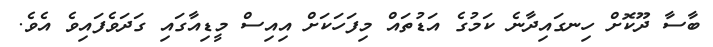
ބާސާ ދޫކޮށް ހިނގައިދާނެ ކަމުގެ އަޑުތައް މިފަހަކަށް އިއިސް މީޑިއާގައި ގަދަވެފައިވެ އެވެ.